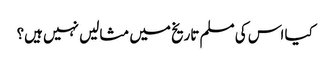
کیا اس کی مسلم تاریخ میں مثالیں نہیں ہیں؟